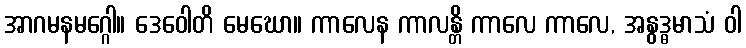
အာဂမနမဂ္ဂေါ။ ဒေဝေါတိ မေဃော။ ကာလေန ကာလန္တိ ကာလေ ကာလေ, အနွဒ္ဓမာသံ ဝါ